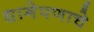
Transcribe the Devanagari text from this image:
धागेपणाचे